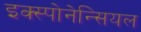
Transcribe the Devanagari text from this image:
इक्स्पोनेन्सियल